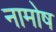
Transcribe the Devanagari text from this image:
नामोष